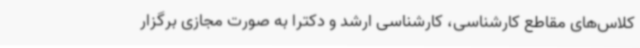
کلاس‌های مقاطع کارشناسی، کارشناسی ارشد و دکترا به صورت مجازی برگزار